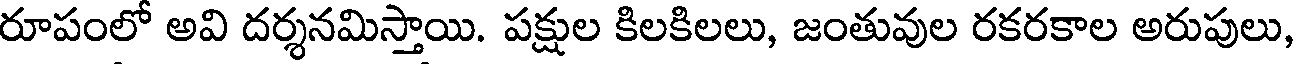
రూపంలో అవి దర్శనమిస్తాయి. పక్షుల కిలకిలలు, జంతువుల రకరకాల అరుపులు,